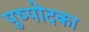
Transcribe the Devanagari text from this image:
पुष्पोदका